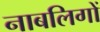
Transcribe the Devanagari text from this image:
नाबलिगों